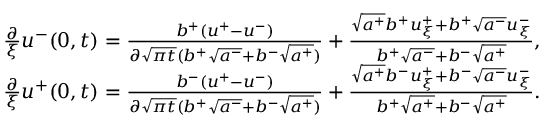
\begin{array} { r } { \frac { \partial } { \xi } u ^ { - } ( 0 , t ) = \frac { b ^ { + } ( u ^ { + } - u ^ { - } ) } { \partial \sqrt { \pi t } ( b ^ { + } \sqrt { a ^ { - } } + b ^ { - } \sqrt { a ^ { + } } ) } + \frac { \sqrt { a ^ { + } } b ^ { + } u _ { \xi } ^ { + } + b ^ { + } \sqrt { a ^ { - } } u _ { \xi } ^ { - } } { b ^ { + } \sqrt { a ^ { - } } + b ^ { - } \sqrt { a ^ { + } } } , } \\ { \frac { \partial } { \xi } u ^ { + } ( 0 , t ) = \frac { b ^ { - } ( u ^ { + } - u ^ { - } ) } { \partial \sqrt { \pi t } ( b ^ { + } \sqrt { a ^ { - } } + b ^ { - } \sqrt { a ^ { + } } ) } + \frac { \sqrt { a ^ { + } } b ^ { - } u _ { \xi } ^ { + } + b ^ { - } \sqrt { a ^ { - } } u _ { \xi } ^ { - } } { b ^ { + } \sqrt { a ^ { + } } + b ^ { - } \sqrt { a ^ { + } } } . } \end{array}